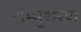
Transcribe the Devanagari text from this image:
शम्भुशरण